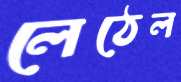
লেঠেল